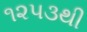
૧૨૫૩થી